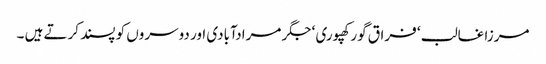
مرزا غالب ‘ فراق گورکھپوری ‘ جگر مرادآبادی اور دوسروں کو پسند کرتے ہیں ۔